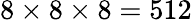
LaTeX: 8\times 8\times 8=512